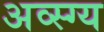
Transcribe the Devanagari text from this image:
अव्स्ग्य